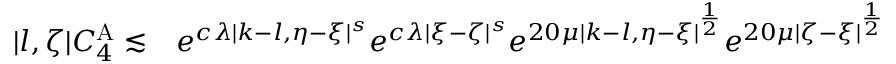
\begin{array} { r l } { | l , \zeta | C _ { 4 } ^ { \mathrm { A } } \lesssim } & { { } e ^ { c \lambda | k - l , \eta - \xi | ^ { s } } e ^ { c \lambda | \xi - \zeta | ^ { s } } e ^ { 2 0 \mu | k - l , \eta - \xi | ^ { \frac 1 2 } } e ^ { 2 0 \mu | \zeta - \xi | ^ { \frac 1 2 } } } \end{array}